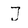
Character: J